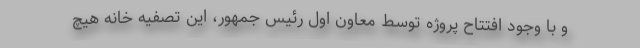
و با وجود افتتاح پروژه توسط معاون اول رئیس جمهور، این تصفیه خانه هیچ